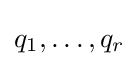
q_{1},\dotsc ,q_{r}